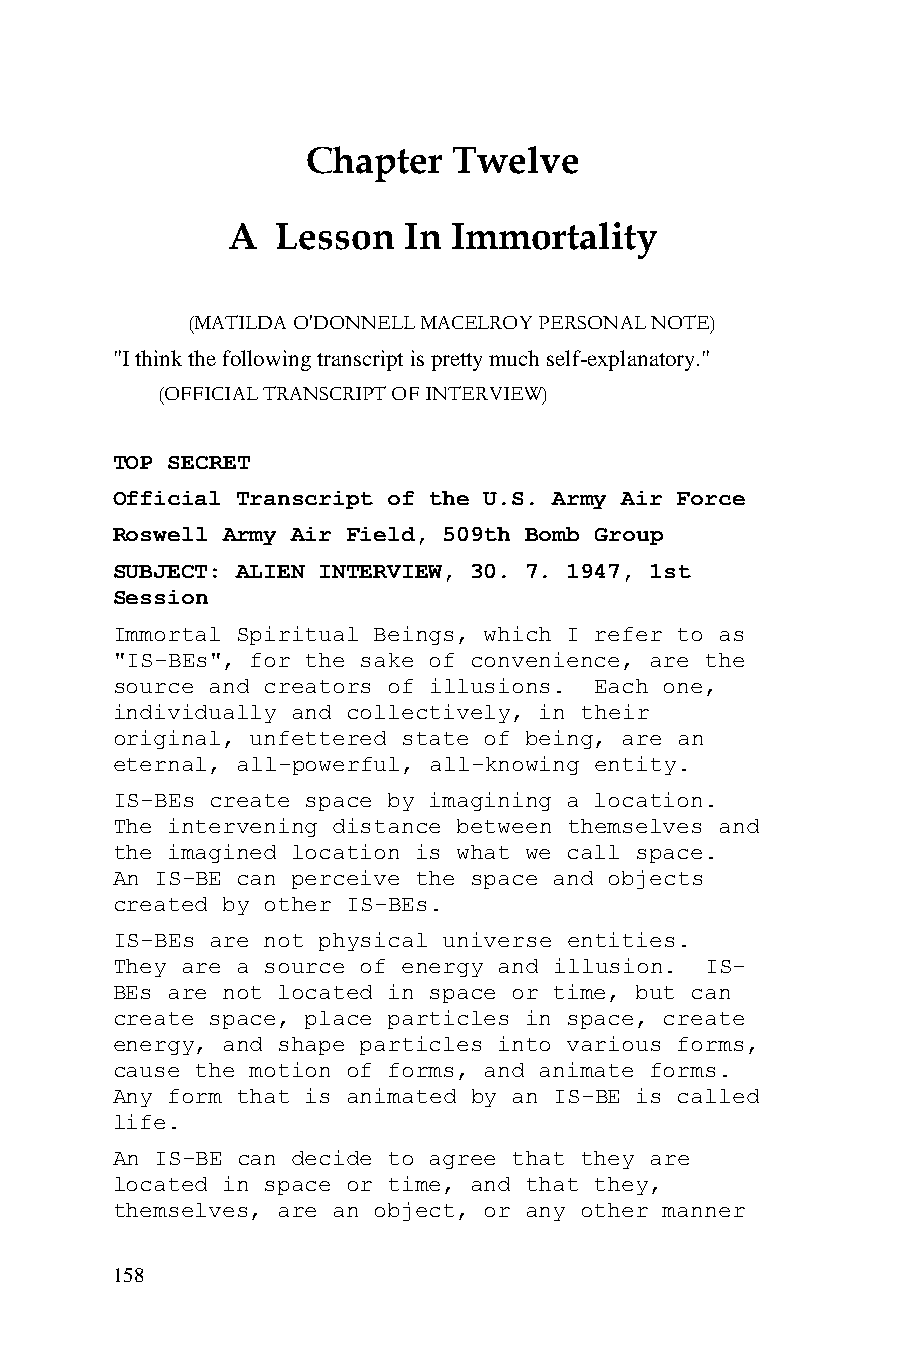
Chapter   Twelve
 A  Lesson   In Immortality
 (MATILDA O'DONNELL MACELROY PERSONAL NOTE)
 "I think the following transcript is pretty much self-explanatory."
 (OFFICIAL TRANSCRIPT OF INTERVIEW)
 TOP SECRET
 Official Transcript of the U.S. Army Air Force
 Roswell Army Air Field, 509th Bomb Group
 SUBJECT: ALIEN INTERVIEW, 30. 7. 1947, 1st
 Session
 Immortal Spiritual Beings, which I refer to as
 "IS-BEs", for the sake of convenience, are the
 source and creators of illusions. Each one,
 individually and collectively, in their
 original, unfettered state of being, are an
 eternal, all-powerful, all-knowing entity.
 IS-BEs create space by imagining a location.
 The intervening distance between themselves and
 the imagined location is what we call space.
 An IS-BE can perceive the space and objects
 created by other IS-BEs.
 IS-BEs are not physical universe entities.
 They are a source of energy and illusion. IS-
 BEs are not located in space or time, but can
 create space, place particles in space, create
 energy, and shape particles into various forms,
 cause the motion of forms, and animate forms.
 Any form that is animated by an IS-BE is called
 life.
 An IS-BE can decide to agree that they are
 located in space or time, and that they,
 themselves, are an object, or any other manner
 158